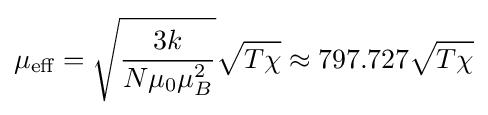
\mu _{\text{eff}}={\sqrt {3k \over N\mu _{0}\mu _{B}^{2}}}{\sqrt {T\chi }}\approx 797.727{\sqrt {T\chi }}